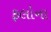
ફલોના